Medical and sanitary report of the native army of Madras for the year
Year: 1878
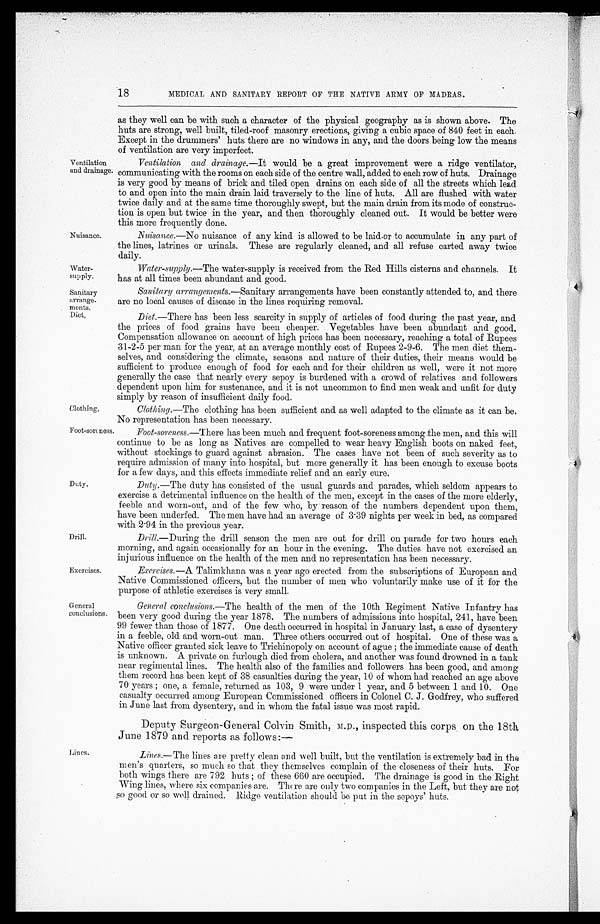
Water
-supply.
Sanitary
arrange-
ments.
Diet.
Clothing,
Foot-soreness.
18
MEDICAL AND SANITARY REPORT OF THE NATIVE ARMY OF MADRAS.
Ventilation
and drainage.
Nuisance.
Duty.
Drill.
Exercises.
General
conclusions.
Lines.
as they well can be with such a character of the physical geography as is shown above. The
huts are strong, well built, tiled-roof masonry erections, giving a cubic space of 840 feet in each.
Except in the drummers' huts there are no windows in any, and the doors being low the means
of ventilation are very imperfect.
Ventilation and drainage .—It would be a great improvement were a ridge ventilator,
communicating with the rooms on each side of the centre wall, added to each row of huts. Drainage
is very good by means of brick and tiled open drains on each side of all the streets which lead
to and open into the main drain laid traversely to the line of huts. All are flushed with water
twice daily and at the same time thoroughly swept, but the main drain from its mode of construc
-tion is open but twice in the year, and then thoroughly cleaned out. It would be better were
this more frequently done.
Nuisance .—No nuisance of any kind is allowed to be laid or to accumulate in any part of
the lines, latrines or urinals. These are regularly cleaned, and all refuse carted away twice
daily.
Water-supply .—The water-supply is received from the Red Hills cisterns and channels. It
has at all times been abundant and good.
Sanitary arrangements .—Sanitary arrangements have been constantly attended to, and there
are no local causes of disease in the lines requiring removal.
Diet.—There has been less scarcity in supply of articles of food during the past year, and
the prices of food grains have been cheaper. Vegetables have been abundant and good.
Compensation allowance on account of high prices has been necessary, reaching a total of Rupees
31-2-5 per man for the year, at an average monthly cost of Rupees 2-9-6. The men diet them
-selves, and considering the climate, seasons and nature of their duties, their means would be
sufficient to produce enough of food for each and for their children as well, were it not more
generally the case that nearly every sepoy is burdened with a crowd of relatives and followers
dependent upon him for sustenance, and it is not uncommon to find men weak and unfit for duty
simply by reason of insufficient daily food.
Clothing .—The clothing has been sufficient and as well adapted to the climate as it can be.
No representation has been necessary.
Foot-soreness .—There has been much and frequent foot-soreness among the men, and this will
continue to be as long as Natives are compelled to wear heavy English boots on naked feet,
without stockings to guard against abrasion. The cases have not been of such severity as to
require admission of many into hospital, but more generally it has been enough to excuse boots
for a few days, and this effects immediate relief and an early cure.
Duty
.—The duty has consisted of the usual guards and parades, which seldom appears to
exercise a detrimental influence on the health of the men, except in the cases of the more elderly,
feeble and worn-out, and of the few who, by reason of the numbers dependent upon them,
have been underfed. The men have had an average of 3.39 nights per week in bed, as compared
with 2.94 in the previous year.
Drill.—During the drill season the men are out for drill on parade for two hours each
morning, and again occasionally for an hour in the evening. The duties have not exercised an
injurious influence on the health of the men and no representation has been necessary.
Exercises .—A Talimkhana was a year ago erected from the subscriptions of European and
Native Commissioned officers, but the number of men who voluntarily make use of it for the
purpose of athletic exercises is very small.
General conclusions .—The health of the men of the 10th Regiment Native Infantry has
been very good during the year 1878. The numbers of admissions into hospital, 241, have been
99 fewer than those of 1877. One death occurred in hospital in January last, a case of dysentery
in a feeble, old and worn-out man. Three others occurred out of hospital. One of these was a
Native officer granted sick leave to Trichinopoly on account of ague ; the immediate cause of death
is unknown. A private on furlough died from cholera, and another was found drowned in a tank
near regimental lines. The health also of the families and followers has been good, and among
them record has been kept of 38 casualties during the year, 10 of whom had reached an age above
70 years ; one, a female, returned as 103, 9 were under 1 year, and 5 between 1 and 10. One
casualty occurred among European Commissioned officers in Colonel C. J. Godfrey, who suffered
in June last from dysentery, and in whom the fatal issue was most rapid.
Deputy Surgeon-General Colvin Smith, M.D., inspected this corps on the 18th
June 1879 and reports as follows:—
Lines .—The lines are pretty clean and well built, but the ventilation is extremely bad in the
men's quarters, so much so that they themselves complain of the closeness of their huts. For
both wings there are 792. huts ; of these 660 are occupied. The drainage is good in the Right
Wing lines, where six companies are There are only two companies in the Left, but they are not
so good or so well drained. Ridge ventilation should be put in the sepoys' huts.